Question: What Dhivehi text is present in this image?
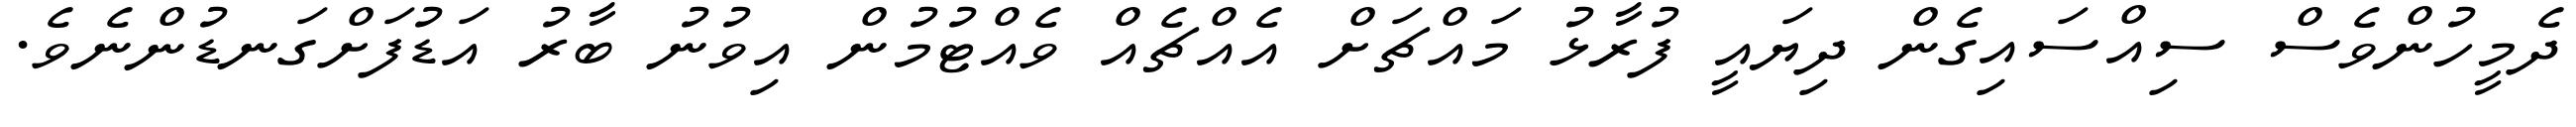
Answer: ދެމީހުންވެސް ސިއްސައިގެން ދިޔައީ ފުރާޅު މައްޗަށް އެއްޗެއް ވެއްޓުމުން އިވުނު ބާރު އަޑުފަށްގަނޑުންނެވެ.